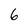
Character: 6